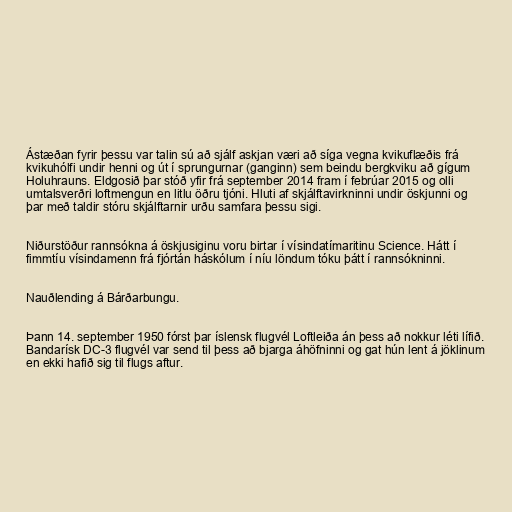
Ástæðan fyrir þessu var talin sú að sjálf askjan væri að síga vegna kvikuflæðis frá
kvikuhólfi undir henni og út í sprungurnar (ganginn) sem beindu bergkviku að gígum
Holuhrauns. Eldgosið þar stóð yfir frá september 2014 fram í febrúar 2015 og olli
umtalsverðri loftmengun en litlu öðru tjóni. Hluti af skjálftavirkninni undir öskjunni og
þar með taldir stóru skjálftarnir urðu samfara þessu sigi.

Niðurstöður rannsókna á öskjusiginu voru birtar í vísindatímaritinu Science. Hátt í
fimmtíu vísindamenn frá fjórtán háskólum í níu löndum tóku þátt í rannsókninni.

Nauðlending á Bárðarbungu.

Þann 14. september 1950 fórst þar íslensk flugvél Loftleiða án þess að nokkur léti lífið.
Bandarísk DC-3 flugvél var send til þess að bjarga áhöfninni og gat hún lent á jöklinum
en ekki hafið sig til flugs aftur.